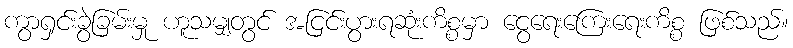
ကွာရှင်းခွဲခြမ်းမှု ဟူသမျှတွင် အငြင်းပွားရဆုံးကိစ္စမှာ ငွေရေးကြေးရေးကိစ္စ ဖြစ်သည်။